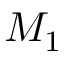
M _ { 1 }